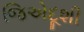
જિએદૂશી